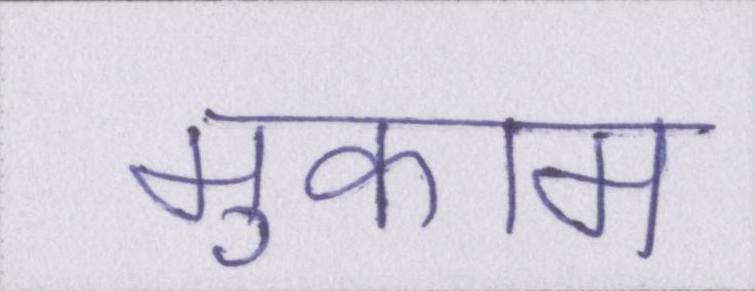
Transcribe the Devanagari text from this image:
मुकाम